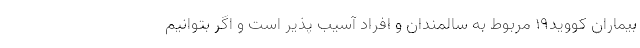
بیماران کووید۱۹ مربوط به سالمندان و افراد آسیب پذیر است و اگر بتوانیم